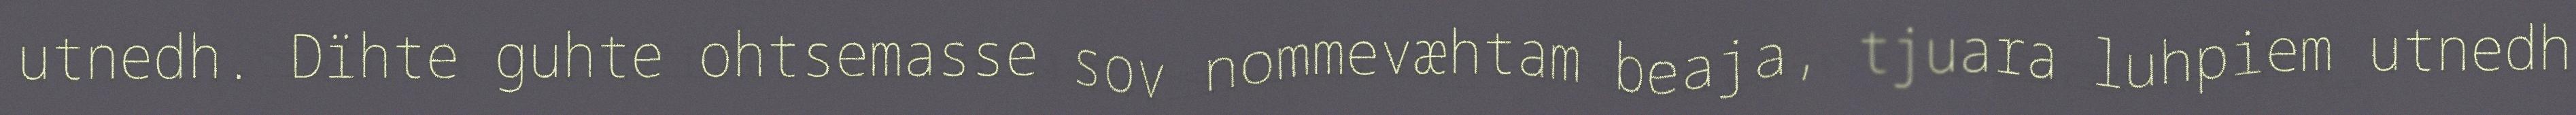
utnedh. Dïhte guhte ohtsemasse sov nommevæhtam beaja, tjuara luhpiem utnedh